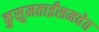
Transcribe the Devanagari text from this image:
कुसुमताईंसमवेत